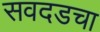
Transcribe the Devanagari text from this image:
सवदडचा